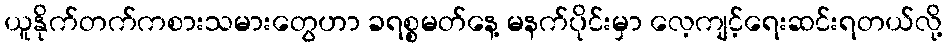
ယူနိုက်တက်ကစားသမားတွေဟာ ခရစ္စမတ်နေ့ မနက်ပိုင်းမှာ လေ့ကျင့်ရေးဆင်းရတယ်လို့